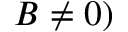
B \neq 0 )